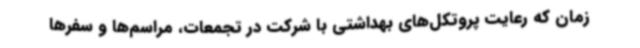
زمان که رعایت پروتکل‌های بهداشتی با شرکت در تجمعات، مراسم‌ها و سفرها